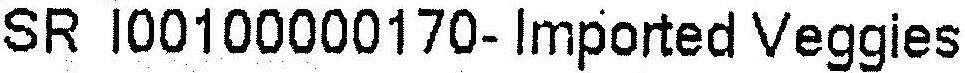
SR I00100000170- IMPORTED VEGGIES